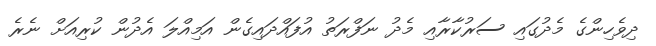
ދިވެހިންގެ މެދުގައި ސަރުކާރާއި މެދު ނަފްރަތު އުފައްދައިގެން އަމިއްލަ އެދުން ކުރިއަށް ނެރެ